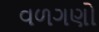
વળગણો